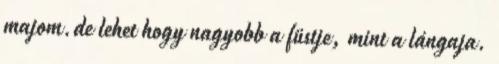
majom.de lehet hogy nagyobb a füstje, mint a lángaja.